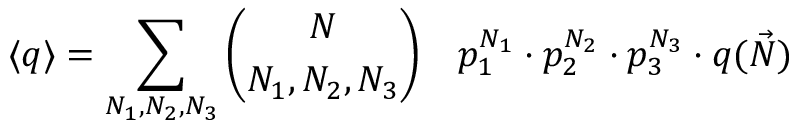
\langle q \rangle = \sum _ { N _ { 1 } , N _ { 2 } , N _ { 3 } } \binom { N } { N _ { 1 } , N _ { 2 } , N _ { 3 } } \quad p _ { 1 } ^ { N _ { 1 } } \cdot p _ { 2 } ^ { N _ { 2 } } \cdot p _ { 3 } ^ { N _ { 3 } } \cdot q ( \vec { N } )